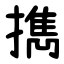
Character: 擕